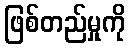
ဖြစ်တည်မှုကို